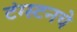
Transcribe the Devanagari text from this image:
टंग्स्टनचे